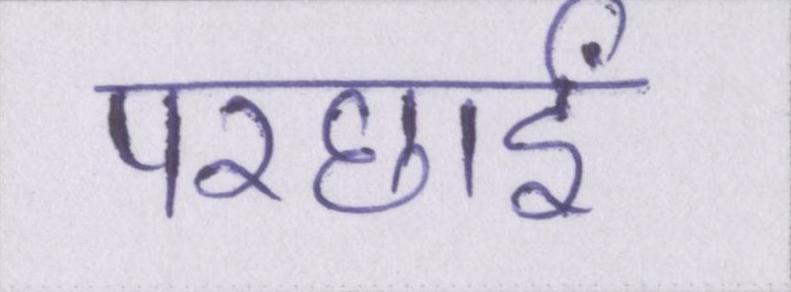
परछाईं